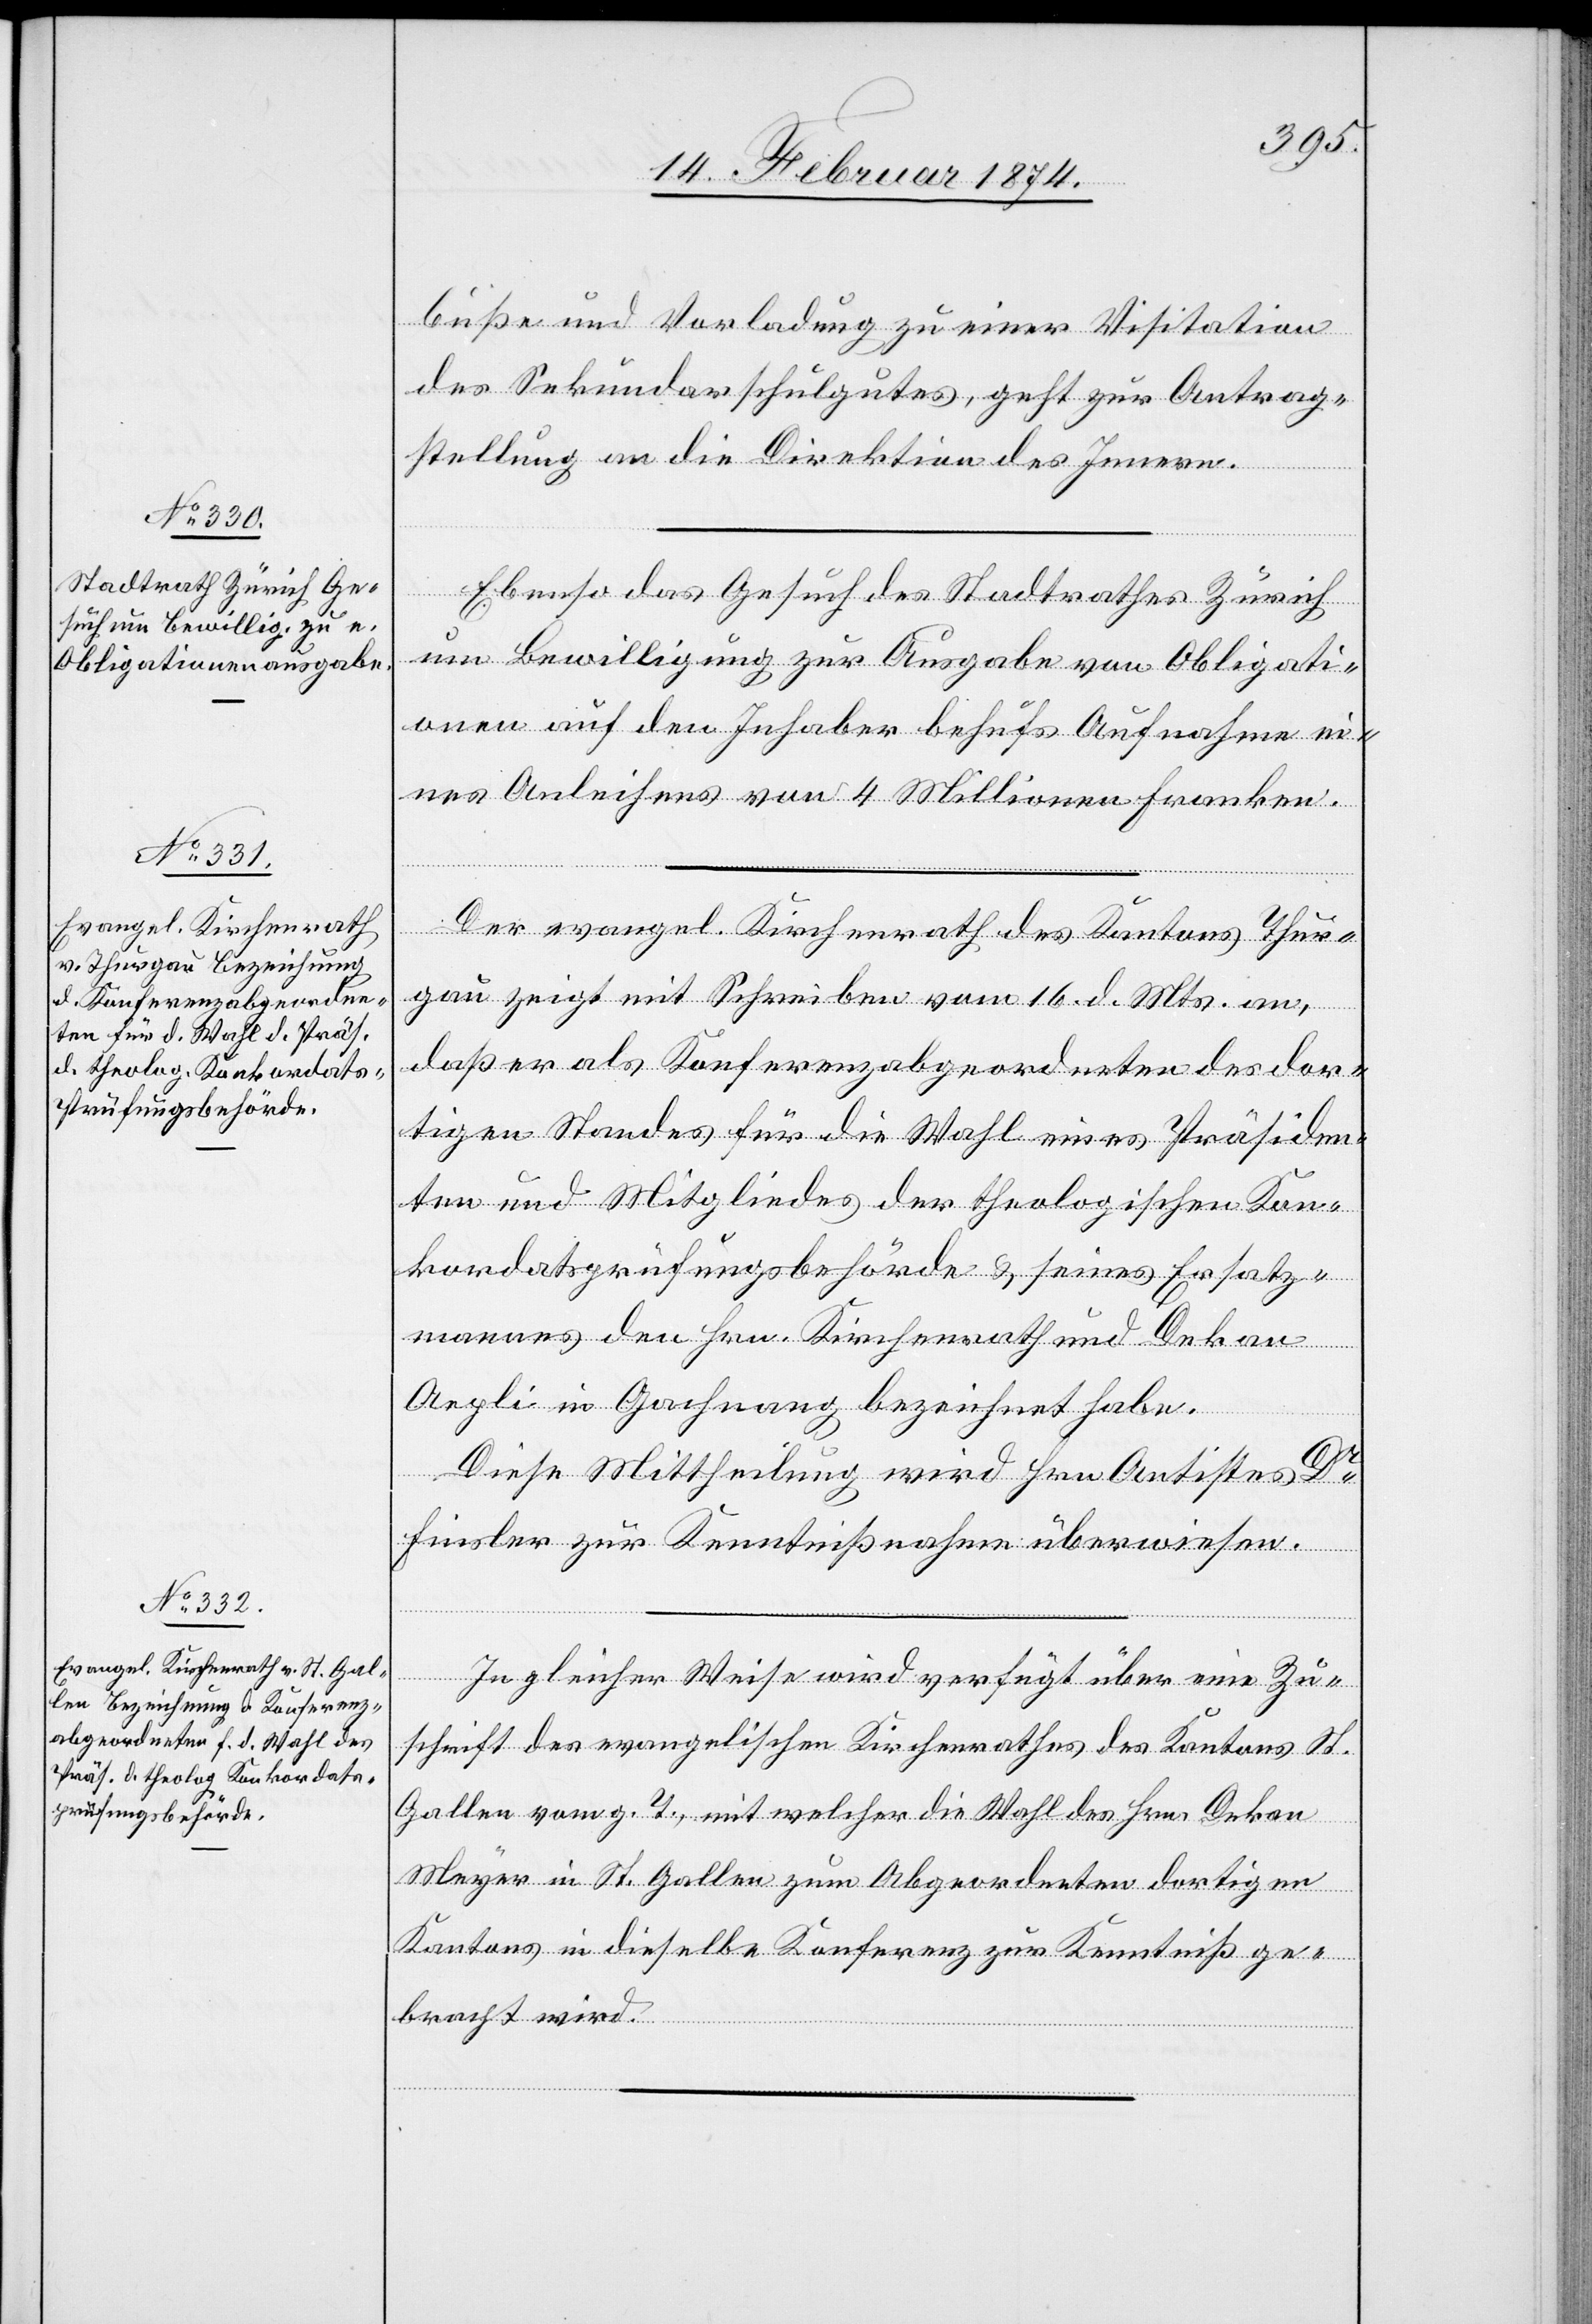
18. Februar 1874.]
buße und Vorladung zu einer Visitation
des Sekundarschulgutes, geht zur Antrag¬
stellung an die Direktion des Innern.
Ebenso das Gesuch des Stadtrathes Zürich
um Bewilligung zur Ausgabe von Obligati¬
onen auf den Inhaber behufs Aufnahme ei¬
nes Anleihens von 4 Millionen Franken.
Der evangel. Kirchenrath des Kantons Thur¬
gau zeigt mit Schreiben vom 16. d. Mts. an,
daß er als Konferenzabgeordneten des dor¬
tigen Standes für die Wahl eines Präsiden¬
ten und Mitgliedes der theologischen Kon¬
kordatsprüfungsbehörde u. seines Ersatz¬
mannes den Hrn. Kirchenrath und Dekan
Aegli in Gachnang bezeichnet habe.
Diese Mittheilung wird Hrn. Antistes Dr
Finsler zur Kenntnißnahme überweisen.
In gleicher Weise wird verfügt über eine Zu¬
schrift des evangelischen Kirchenrathes des Kantons St.
Gallen vom g. T., mit welcher die Wahl des Hrn. Dekan
Meyer in St. Gallen zum Abgeordneten dortigen
Kantons in dieselbe Konferenz zur Kenntniß ge¬
bracht wird.